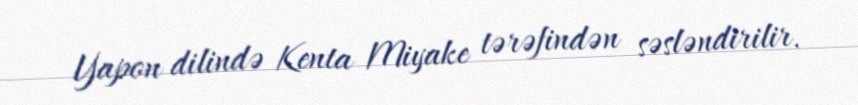
Yapon dilində Kenta Miyake tərəfindən səsləndirilir.